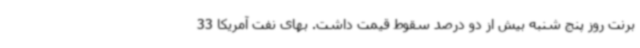
برنت روز پنج شنبه بیش از دو درصد سقوط قیمت داشت. بهای نفت آمریکا 33